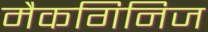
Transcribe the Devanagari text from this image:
मैकगिनिज